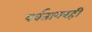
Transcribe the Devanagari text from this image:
पर्वतावरही